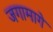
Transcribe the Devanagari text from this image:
जगामागे